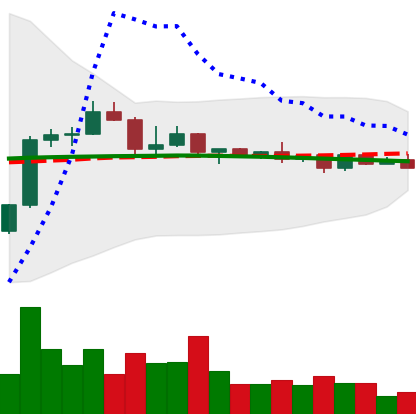
Ticker: BNB-USD
Chart end date: 2022-12-11
Forward return: -18.692%
Label: down_7plus